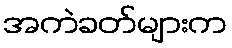
အကဲခတ်များက